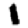
Digit: 1